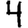
Digit: 4